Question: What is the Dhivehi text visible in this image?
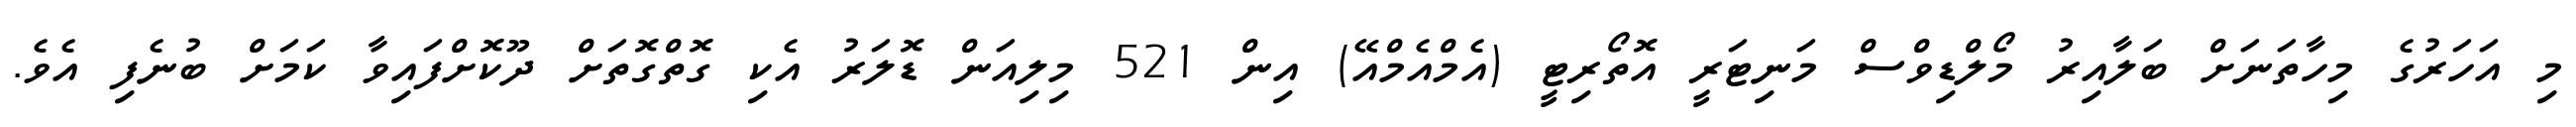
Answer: މި އަހަރުގެ މިހާތަނަށް ބަލާއިރު މޯލްޑިވްސް މަނިޓަރީ އޮތޯރިޓީ (އެމްއެމްއޭ) އިން 521 މިލިއަން ޑޮލަރު އެކި ގޮތްގޮތަށް ދޫކޮށްފައިވާ ކަމަށް ބުނެފި އެވެ.